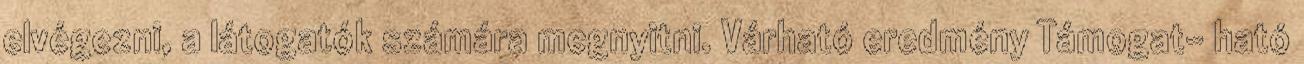
elvégezni, a látogatók számára megnyitni. Várható eredmény Támogat- ható